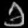
Digit: ၁